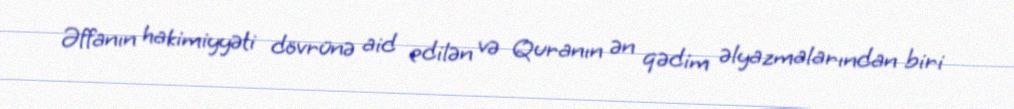
Əffanın hakimiyyəti dövrünə aid edilən və Quranın ən qədim əlyazmalarından biri